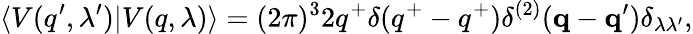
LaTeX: \langle V(q^{\prime},\lambda^{\prime})|V(q,\lambda)\rangle=(2\pi)^{3}2q^{+}\delta(q^{+}-q^{+})\delta^{(2)}({\mathbf q}-{\mathbf q^{\prime}})\delta_{\lambda\lambda^{\prime}},